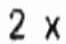
2 X